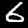
Digit: 6